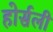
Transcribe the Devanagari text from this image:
होर्सली